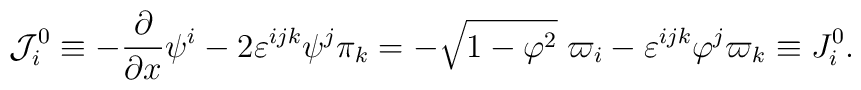
{\cal J}_i^0\equiv -\frac \partial {\partial x}\psi^i-2\varepsilon ^{ijk}\psi ^j\pi _k=-\sqrt{1-{\bf \varphi }^2}\;\varpi_i-\varepsilon ^{ijk}\varphi ^j\varpi _k\equiv J_i^0.